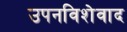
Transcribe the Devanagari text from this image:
उपनविशेवाद